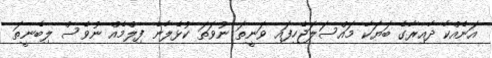
އަނެއްކާ ދާއިރާގެ ބަޔަކާ މައްސަލަޖެހިފައި ވަނީތަ ނުވަތަ ކުޅެލާނެ ފިލްމެއް ނުވެސް ލިބެނީތަ